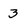
Character: 3